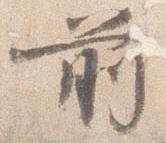
前